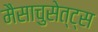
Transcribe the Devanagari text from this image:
मैसाचुसेत्ट्स